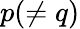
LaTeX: p(\neq q)